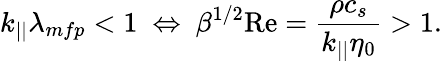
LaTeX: k_{||}\lambda_{mfp}<1\ \Leftrightarrow\ \beta^{1/2}\mathrm{Re}=\frac{\rho c_{s}}{k_{||}\eta_{0}}>1.